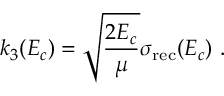
k _ { 3 } ( E _ { c } ) = \sqrt { \frac { 2 E _ { c } } { \mu } } \sigma _ { \mathrm { r e c } } ( E _ { c } ) ~ .